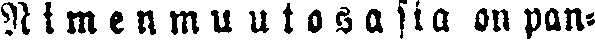
Nimenmuutosasia on pan-